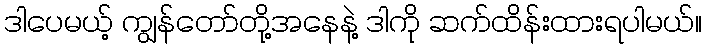
ဒါပေမယ့် ကျွန်တော်တို့အနေနဲ့ ဒါကို ဆက်ထိန်းထားရပါမယ်။